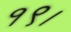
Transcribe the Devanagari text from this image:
१९।